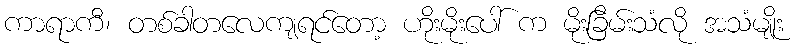
ကာရာကီ၊ တစ်ခါတလေကျရင်တော့ ဟိုးမိုးပေါ် က မိုးခြိမ်းသံလို အသံမျိုး